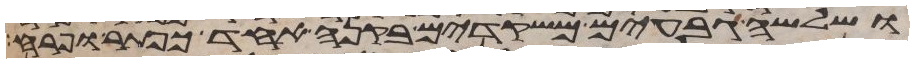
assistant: ושלשה גבעים משקדים בקנה אחד כפתר ופרח